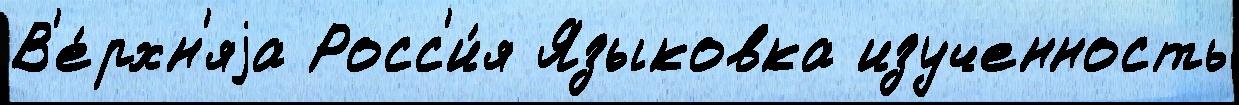
В'е́рхн'яjа Росс'и́я Языковка изученность